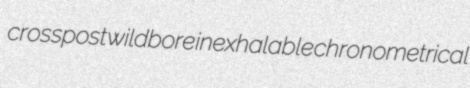
crosspost wildbore inexhalable chronometrical